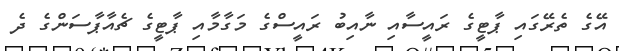
އޭގެ ތެރޭގައި ޕާޓީގެ ރައީސާއި ނާއިބު ރައީސްގެ މަގާމާއި ޕާޓީގެ ޗެއާޕާސަންގެ ދެ